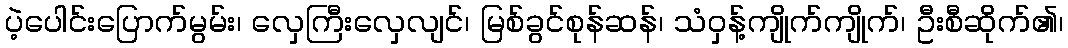
ပဲ့ပေါင်းပြောက်မွမ်း၊ လှေကြီးလှေလျင်၊ မြစ်ခွင်စုန်ဆန်၊ သံဝှန့်ကျိုက်ကျိုက်၊ ဦးစီဆိုက်၏၊